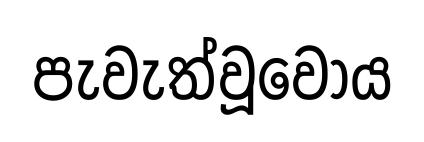
පැවැත්වූවෝය